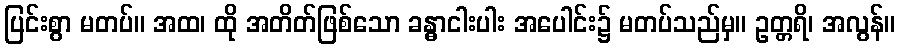
ပြင်းစွာ မတပ်။ အထ၊ ထို အတိတ်ဖြစ်သော ခန္ဓာငါးပါး အပေါင်း၌ မတပ်သည်မှ။ ဥတ္တရိ၊ အလွန်။